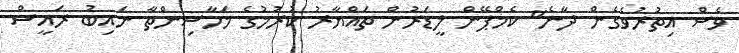
ވެސް އިތުރުވެގެން ދާނެ" ކެމްޕޭން ލީޑަރުން ތައްޔާރު ކުރުމުގެ މަހާސިންތާ ނައިބު ރައީސް